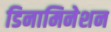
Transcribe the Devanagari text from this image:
डिनामिनेशन